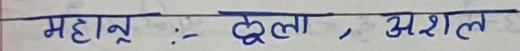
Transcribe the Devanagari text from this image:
महान् : ढूला, अशल